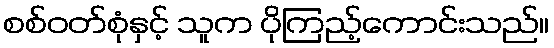
စစ်ဝတ်စုံနှင့် သူက ပိုကြည့်ကောင်းသည်။